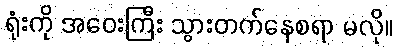
ရုံးကို အဝေးကြီး သွားတက်နေစရာ မလို။